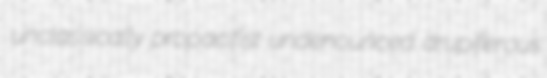
unclassically propacifist undenounced drupiferous